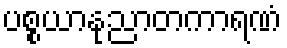
ပစ္စယာနုညာတကာရဏံ